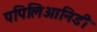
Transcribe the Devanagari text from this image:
पपिलिआनिडी